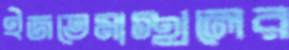
ইজতেমাস্থলের